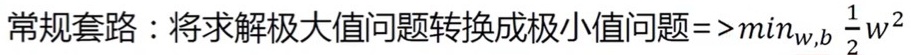
常规套路：将求解极大值问题转换成极小值问题$=>\min_{w,b} \frac{1}{2}w^{2}$